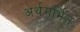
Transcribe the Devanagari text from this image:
अर्थगर्भित